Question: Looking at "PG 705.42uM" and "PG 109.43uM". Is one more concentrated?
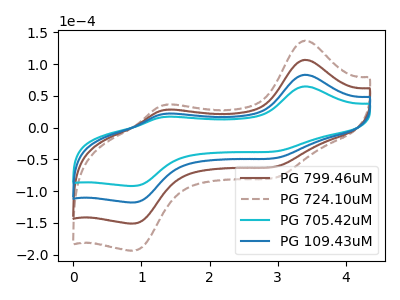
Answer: <think>The brown curve "PG 799.46uM" has anodic peaks at (3.40V, 166.70uA) (1.40V, 44.35uA) and cathodic peaks at (3.05V, -92.95uA) (0.90V, -235.25uA). The brown dashed curve "PG 724.10uM" has anodic peaks at (3.40V, 250.05uA) (1.40V, 66.50uA) and cathodic peaks at (3.05V, -139.45uA) (0.90V, -352.90uA). The cyan curve "PG 705.42uM" has anodic peaks at (3.40V, 65.00uA) (1.40V, 17.30uA) and cathodic peaks at (3.05V, -36.25uA) (0.90V, -91.75uA). The blue curve "PG 109.43uM" has anodic peaks at (3.40V, 83.35uA) (1.40V, 22.15uA) and cathodic peaks at (3.05V, -46.50uA) (0.90V, -117.65uA).
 All the peaks in "PG 705.42uM" have a peak in "PG 109.43uM" at the same potential. Every peak in "PG 705.42uM" is lower than every peak in "PG 109.43uM".</think>
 <answer>"PG 705.42uM" has less signal than "PG 109.43uM" and so likely has a lower concentration.</answer>
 <eval>less_concentration</eval>